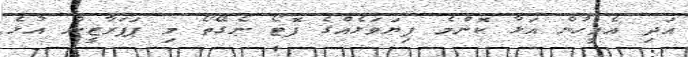
އަދި އެމީހުން އަޅާ ކޮންމެ ފިޔަވަޅެއްގެ ފޮޓޯ ނެގޭތޯ މި ޕަޕަރާޒީން އުޅެ